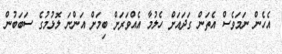
އެހެން ނަމަވެސް އެތަން ގަދައަށް ހެލުމާ އެއްވަރަށް ބިމަށް އަންނަ ލޮޅުމުގެ ސަބަބުން